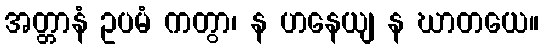
အတ္တာနံ ဥပမံ ကတွာ၊ န ဟနေယျ န ဃာတယေ။